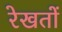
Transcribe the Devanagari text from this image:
रेखतों